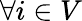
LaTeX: \forall i\in V